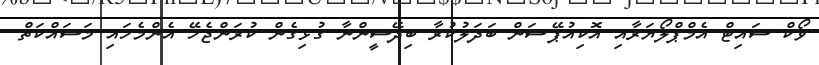
ވޯކް ސައިޓް އެމްޕްލޯޔަރާއި އޮކިއުޕޭޝަން ބަދަލުކުރާ ބިދޭސީންނާ ގުޅިގެން ކުރަންޖެހޭ އެންމެހައި މަސައްކަތް